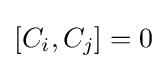
[C_{i},C_{j}]=0